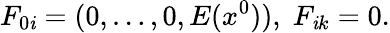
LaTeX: F_{0\mathit{i}}=(0,\ldots,0,E(x^{0})),\; F_{\mathit{i}k}=0.